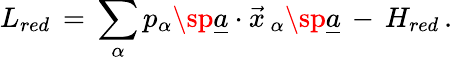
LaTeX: L_{red}\, =\, \sum_{\alpha}p_{\alpha}\sp{\underline{{{a}}}}\cdot\vec{x}\, _{\alpha}\sp{\underline{{{a}}}}\, -\, H_{red}\, .